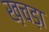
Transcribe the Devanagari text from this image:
ख़चड़ा